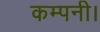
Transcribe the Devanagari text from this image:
कम्पनी।